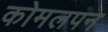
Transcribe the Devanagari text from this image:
कोमलपन